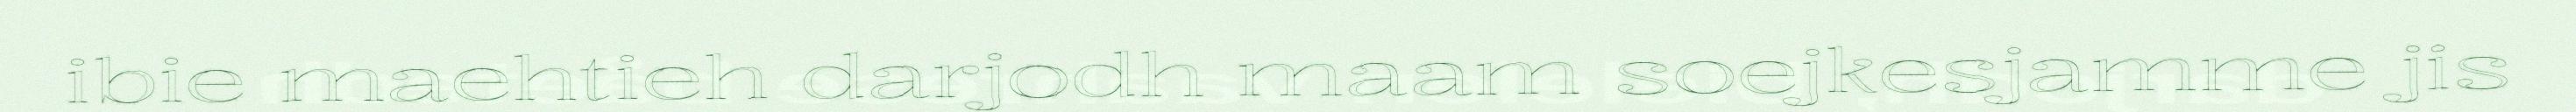
ibie maehtieh darjodh maam soejkesjamme jis